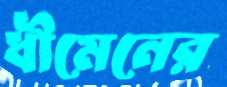
ধীমেনের